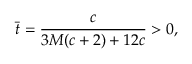
\Bar { t } = \frac { c } { 3 M ( c + 2 ) + 1 2 c } > 0 ,